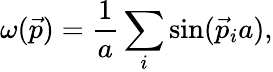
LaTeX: \omega(\vec{p})={\frac{1}{a}}\sum_{i}\sin(\vec{p}_{i}a),